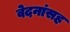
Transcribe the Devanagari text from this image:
वेदनांसह